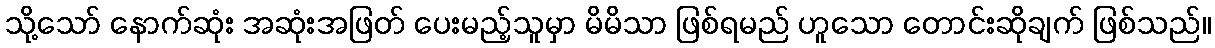
သို့သော် နောက်ဆုံး အဆုံးအဖြတ် ပေးမည့်သူမှာ မိမိသာ ဖြစ်ရမည် ဟူသော တောင်းဆိုချက် ဖြစ်သည်။